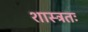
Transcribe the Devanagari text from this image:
शास्त्रतः